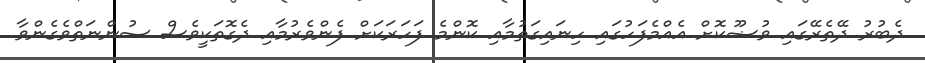
ދެބުރު ދޭތެރޭގައި ވުޟޫކޮށް އެއްމެފަހުގައި ހިނައިގަތުމާއި ކޮންމެ ފަހަރަކަށް ފެންވެރުމާއި ދެގޮތަކީވެސް ސުންނަތްވެގެންވާ